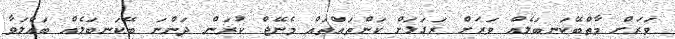
ވަރަށް މާތްބޭކަނބަލެއް ވަރަށް ރަގަޅަށް ކަންތައްތައް މެނޭޖް ކުރަން ދަންނަ ބޭކަނބަލެއް ބައްލަވާ